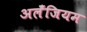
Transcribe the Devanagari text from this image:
अलँजियम